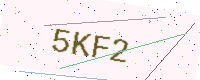
Text: 5KF2